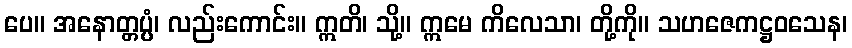
ပေ။ အနောတ္တပ္ပံ၊ လည်းကောင်း။ ဣတိ၊ သို့။ ဣမေ ကိလေသာ၊ တို့ကို။ သဟဇေကဋ္ဌဝသေန၊